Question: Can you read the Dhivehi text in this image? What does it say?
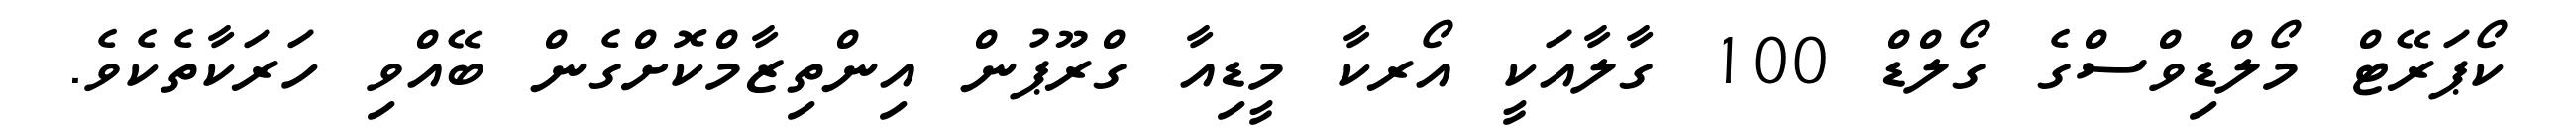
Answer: ކޯޕަރޭޓް މޯލްޑިވްސްގެ ގޯލްޑް 100 ގާލާއަކީ އޯރކާ މީޑިއާ ގްރޫޕުން އިންތިޒާމްކޮށްގެން ބޭއްވި ހަރަކާތެކެވެ.